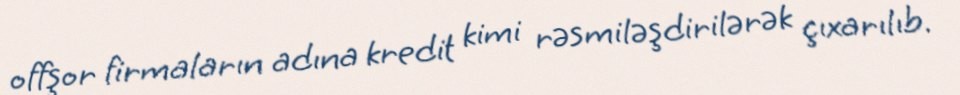
offşor firmaların adına kredit kimi rəsmiləşdirilərək çıxarılıb.